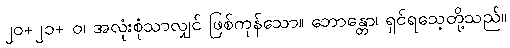
၂၀+၂၁+ ဝ၊ အလုံးစုံသာလျှင် ဖြစ်ကုန်သော။ ဘောန္တော၊ ရှင်ရသေ့တို့သည်။